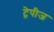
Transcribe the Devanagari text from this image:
ट्रेपीज